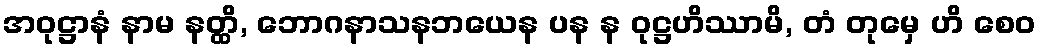
အဝုဋ္ဌာနံ နာမ နတ္ထိ, ဘောဂနာသနဘယေန ပန န ဝုဋ္ဌဟိဿာမိ, တံ တုမှေ ဟိ စေဝ